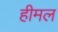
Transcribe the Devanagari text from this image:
हीमल